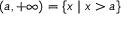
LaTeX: ( a , + \infty ) = \{ x \mid x > a \}